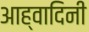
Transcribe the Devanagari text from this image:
आह्वादिनी